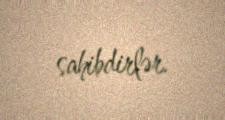
sahibdirlər.